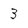
Character: 3